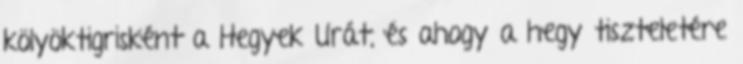
kölyöktigrisként a Hegyek Urát, és ahogy a hegy tiszteletére